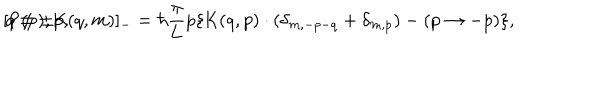
LaTeX: [ \mathrm { P } ( p ) , \mathrm { K } ( q , m ) ] _ { - } = \hbar \frac { \pi } { \pi } { L } p \{ \mathrm { K } ( q , p ) \cdot ( \delta _ { m , - p - q } + \delta _ { m , p } ) - ( p \rightarrow - p ) \} , \hspace { 5 m m } q \neq \pm p ,